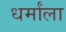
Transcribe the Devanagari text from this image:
धर्मांला